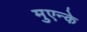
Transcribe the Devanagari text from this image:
मुएन्के